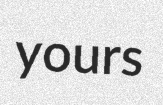
yours